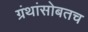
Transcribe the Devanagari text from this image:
ग्रंथांसोबतच